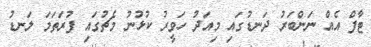
ޓާފް އެއް ނަންބަރު ދަނޑުގައި މިއަދު ހަވީރު ކުޅުނު މެޗުގައި ފުރަތަމަ ލަނޑު